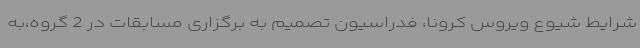
شرایط شیوع ویروس کرونا، فدراسیون تصمیم به برگزاری مسابقات در 2 گروه،به